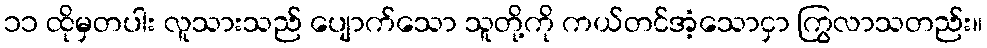
၁၁ ထိုမှတပါး လူသားသည် ပျောက်သော သူတို့ကို ကယ်တင်အံ့သောငှာ ကြွလာသတည်း။